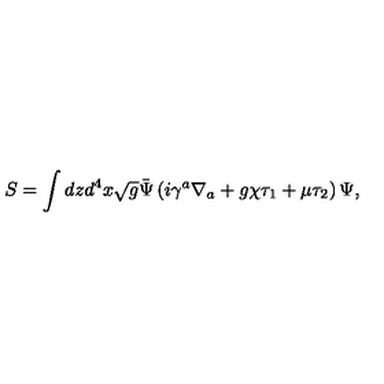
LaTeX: S = \int d z d ^ { 4 } x \sqrt { g } \bar { \Psi } \left( i \gamma ^ { a } \nabla _ { a } + g \chi \tau _ { 1 } + \mu \tau _ { 2 } \right) \Psi ,